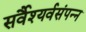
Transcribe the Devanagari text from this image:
सर्वैश्यर्वसंपन्न